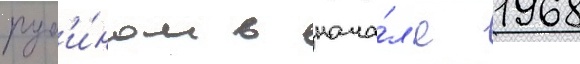
руб'и́ном в нача́л'е 1968